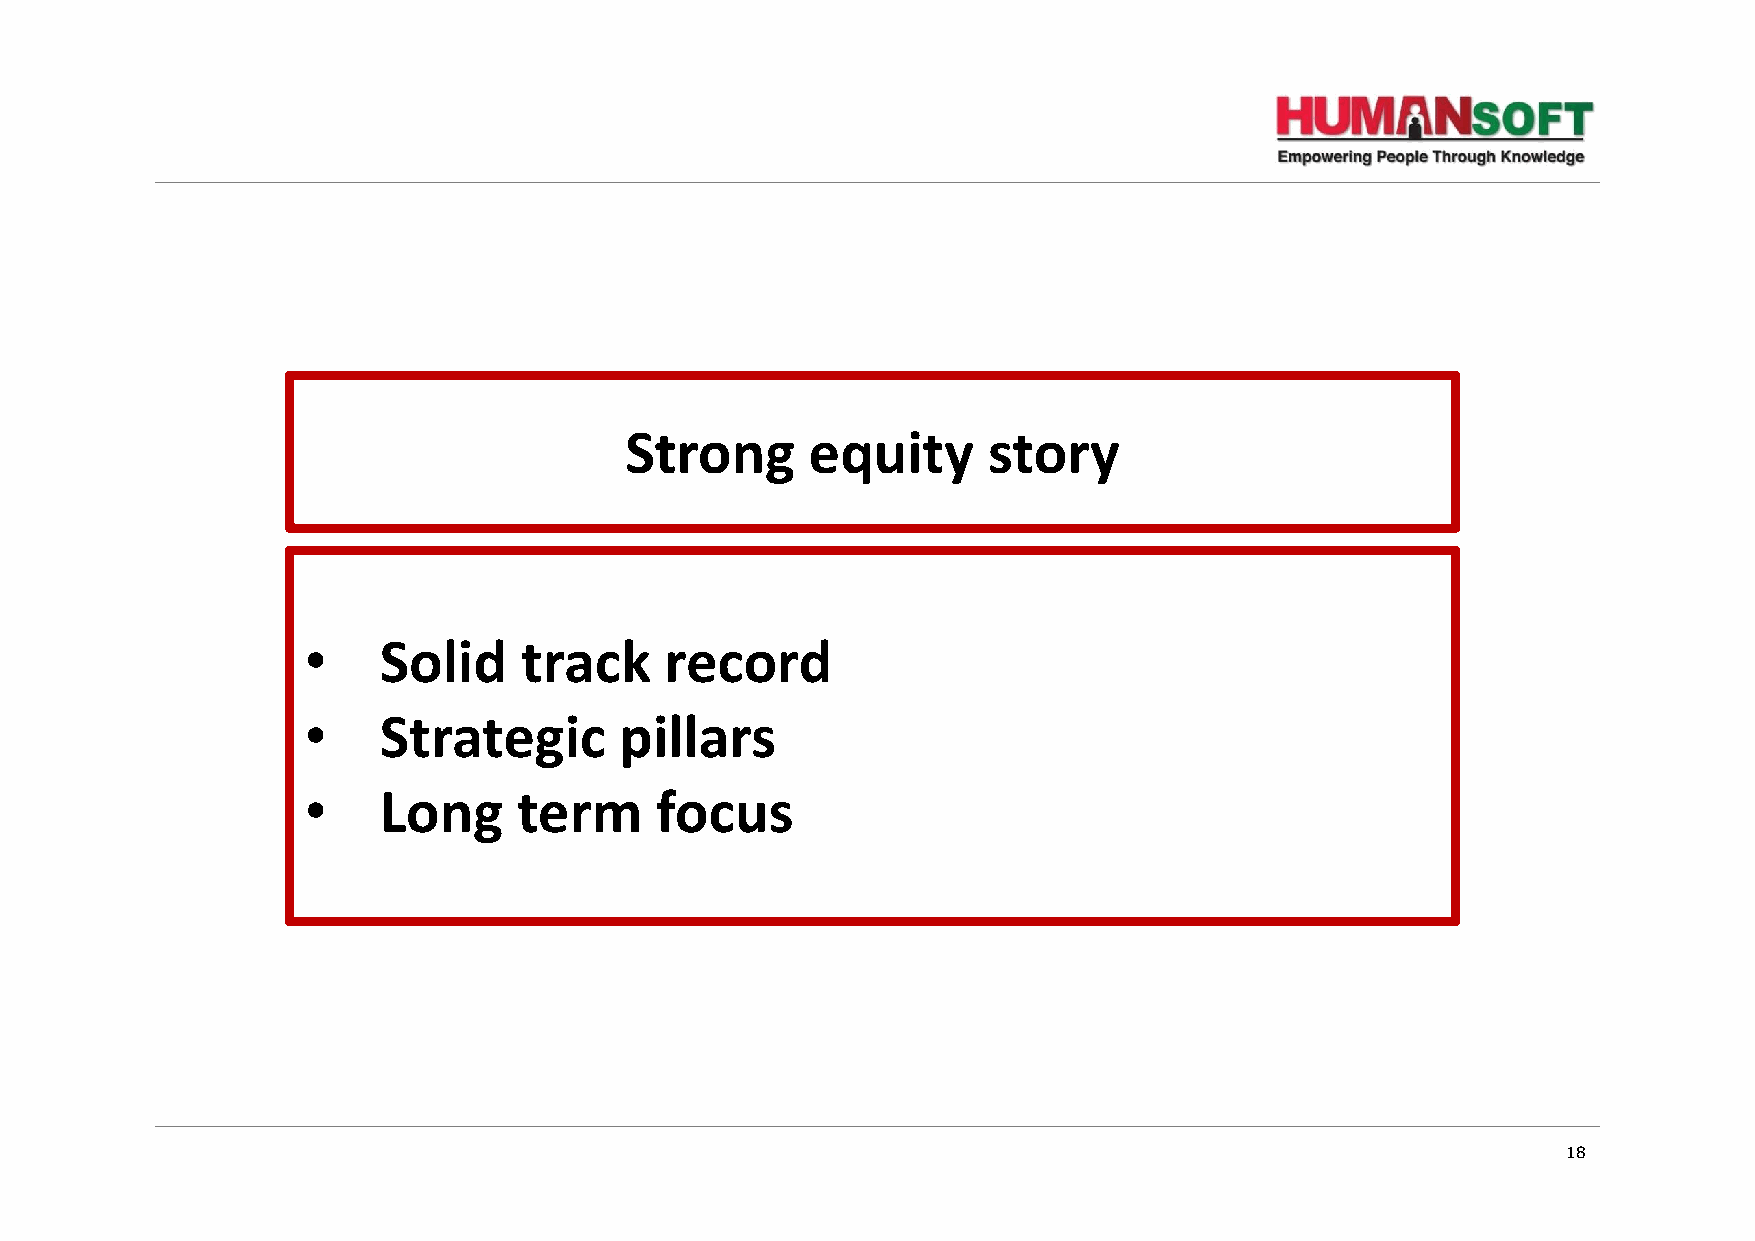
Strong       equity     story
 •    Solid    track     record
 •    Strategic       pillars
 •    Long     term     focus
 18